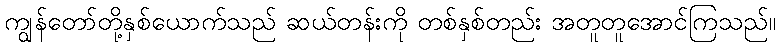
ကျွန်တော်တို့နှစ်ယောက်သည် ဆယ်တန်းကို တစ်နှစ်တည်း အတူတူအောင်ကြသည်။